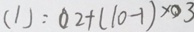
( 1 ) : 0 2 + ( 1 0 - 1 ) \times 0 3